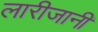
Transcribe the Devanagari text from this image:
लारीजानी